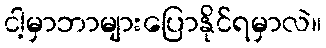
ငါ့မှာဘာများပြောနိုင်ရမှာလဲ။